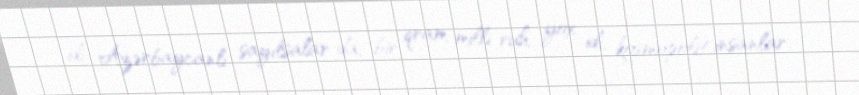
idi. Azərbaycanlı sayılsalar da, bir qram milli ruh yox idi, kosmopolit insanlar